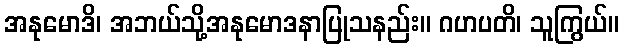
အနုမောဒိ၊ အဘယ်သို့အနုမောဒနာပြုသနည်း။ ဂဟပတိ၊ သူကြွယ်။